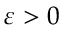
\varepsilon > 0